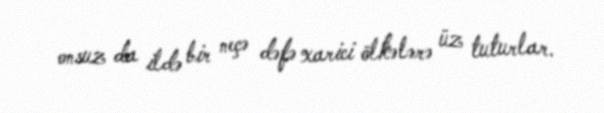
onsuz da ildə bir neçə dəfə xarici ölkələrə üz tuturlar.